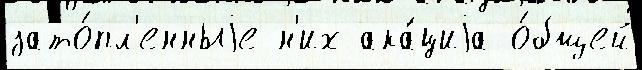
зато́пл'енныjе н'их ака́циjа о́бщей